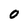
Character: O